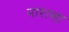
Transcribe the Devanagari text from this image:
नारासा